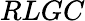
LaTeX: RLGC